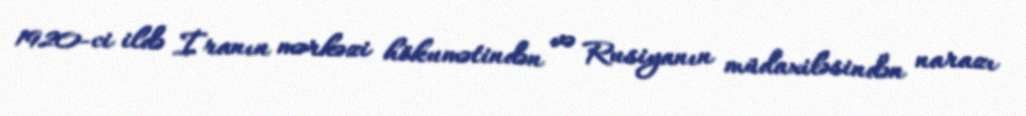
1920-ci ildə İranın mərkəzi hökumətindən və Rusiyanın müdaxiləsindən narazı